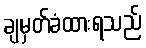
ချမှတ်ခံထားရသည်